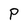
Character: P